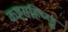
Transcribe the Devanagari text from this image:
कष्टसहिष्णु